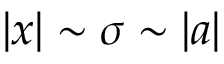
| x | \sim \sigma \sim | a |